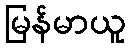
မြန်မာယူ